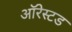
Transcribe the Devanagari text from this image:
ऑरेस्टड